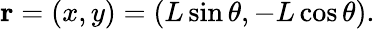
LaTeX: \mathbf{r}=(x,y)=(L\sin\theta,-L\cos\theta).